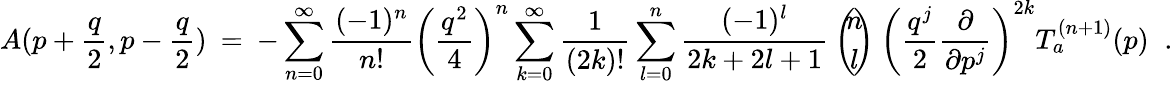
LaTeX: A(p+\frac{q}{2},p-\frac{q}{2})\: =\: -\sum_{n=0}^{\infty}\frac{(-1)^{n}}{n!}\left(\frac{q^{2}}{4}\right)^{n}\sum_{k=0}^{\infty}\frac{1}{(2k)!}\sum_{l=0}^{n}\frac{(-1)^{l}}{2k+2l+1}\: \left(\! \! \begin{array}{c}{{n}}\\ {{l}}\end{array}\! \! \right)\: \left(\frac{q^{j}}{2}\frac{\partial}{\partial p^{j}}\right)^{2k}T_{a}^{(n+1)}(p)\; \; .